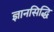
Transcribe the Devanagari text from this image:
ज्ञानसिद्धि